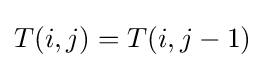
T(i,j)=T(i,j-1)